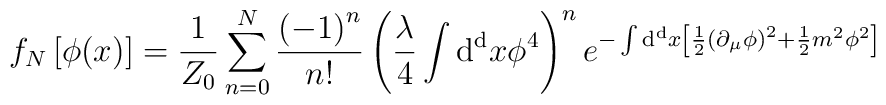
f_N \left[ \phi (x) \right]=  {1 \over Z_0} \sum_{n=0}^{N}  {\left( -1 \right)^n \over n!}  \left( {\lambda \over 4}   \int   {\rm d^d} x \phi^4   \right)^n  e^{- \int   {\rm d^d} x  \left[ {1 \over 2}  \left( \partial_{\mu}  \phi \right)^2 + {1 \over 2}  m^2 \phi^2  \right]   }